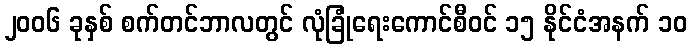
၂၀၀၆ ခုနှစ် စက်တင်ဘာလတွင် လုံခြုံရေးကောင်စီဝင် ၁၅ နိုင်ငံအနက် ၁၀